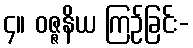
၄။ ဝဇ္ဇနိယ ကြဉ်ခြင်း-